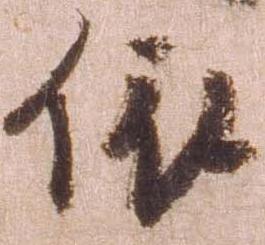
依